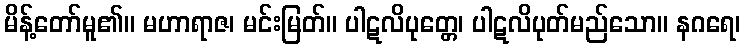
မိန့်တော်မူ၏။ မဟာရာဇ၊ မင်းမြတ်။ ပါဋလိပုတ္တေ၊ ပါဋလိပုတ်မည်သော။ နဂရေ၊